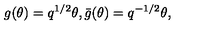
g ( \theta ) = q ^ { 1 / 2 } \theta , \bar { g } ( \theta ) = q ^ { - 1 / 2 } \theta ,